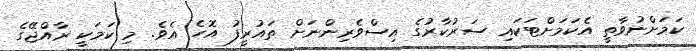
ކަމަށްނުވާތީ އެކަމަށްޓަކައި ސަރުކާރުގެ އިސްވެރިންނަށް ތައުރީފު އޮހެ އެވެ. މި ކަމަކީ ރާއްޖޭގެ